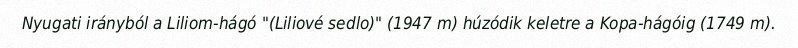
Nyugati irányból a Liliom-hágó "(Liliové sedlo)" (1947 m) húzódik keletre a Kopa-hágóig (1749 m).